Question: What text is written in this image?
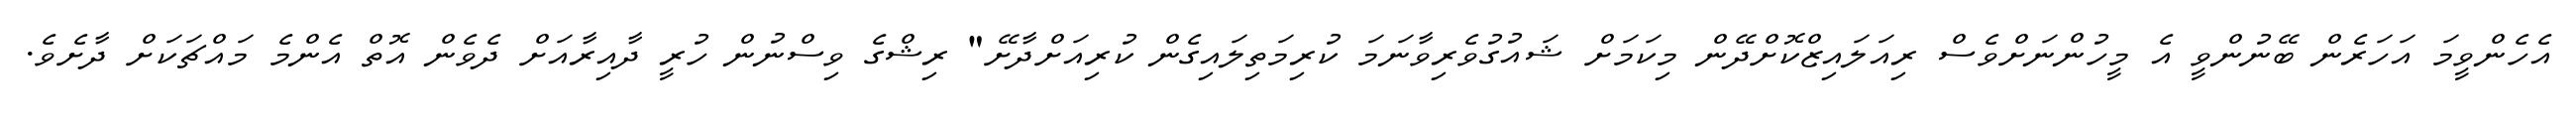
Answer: އެހެންވީމަ އަހަރެން ބޭނުންވީ އެ މީހުންނަށްވެސް ރިއަލައިޒްކޮށްދޭން މިކަމަށް ޝައުގުވެރިވާނަމަ ކުރިމަތިލައިގެން ކުރިއަށްދާށޭ" ރިޝްގެ ވިސްނުން ހުރީ ދާއިރާއަށް ދެވެން އޮތް އެންމެ މައްޗަކަށް ދާށެވެ.